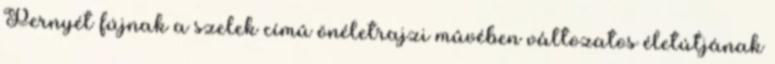
Pernyét fújnak a szelek címû önéletrajzi mûvében változatos életútjának